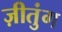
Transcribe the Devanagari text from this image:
ज़ीतुंग